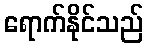
ရောက်နိုင်သည်